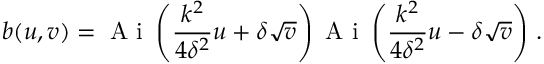
b ( u , v ) = { \mathrm { ~ A ~ i ~ } } \left( \frac { k ^ { 2 } } { 4 \delta ^ { 2 } } u + \delta \sqrt { v } \right) { \mathrm { ~ A ~ i ~ } } \left( \frac { k ^ { 2 } } { 4 \delta ^ { 2 } } u - \delta \sqrt { v } \right) \, .